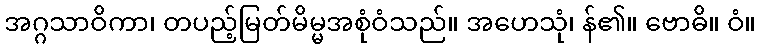
အဂ္ဂသာဝိကာ၊ တပည့်မြတ်မိမ္မအစုံဝံသည်။ အဟေသုံ၊ န်၏။ ဗောဓိ။ ဝံ။